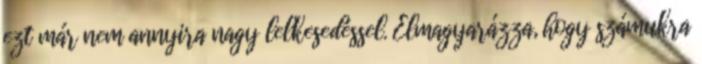
ezt már nem annyira nagy lelkesedéssel. Elmagyarázza, hogy számukra